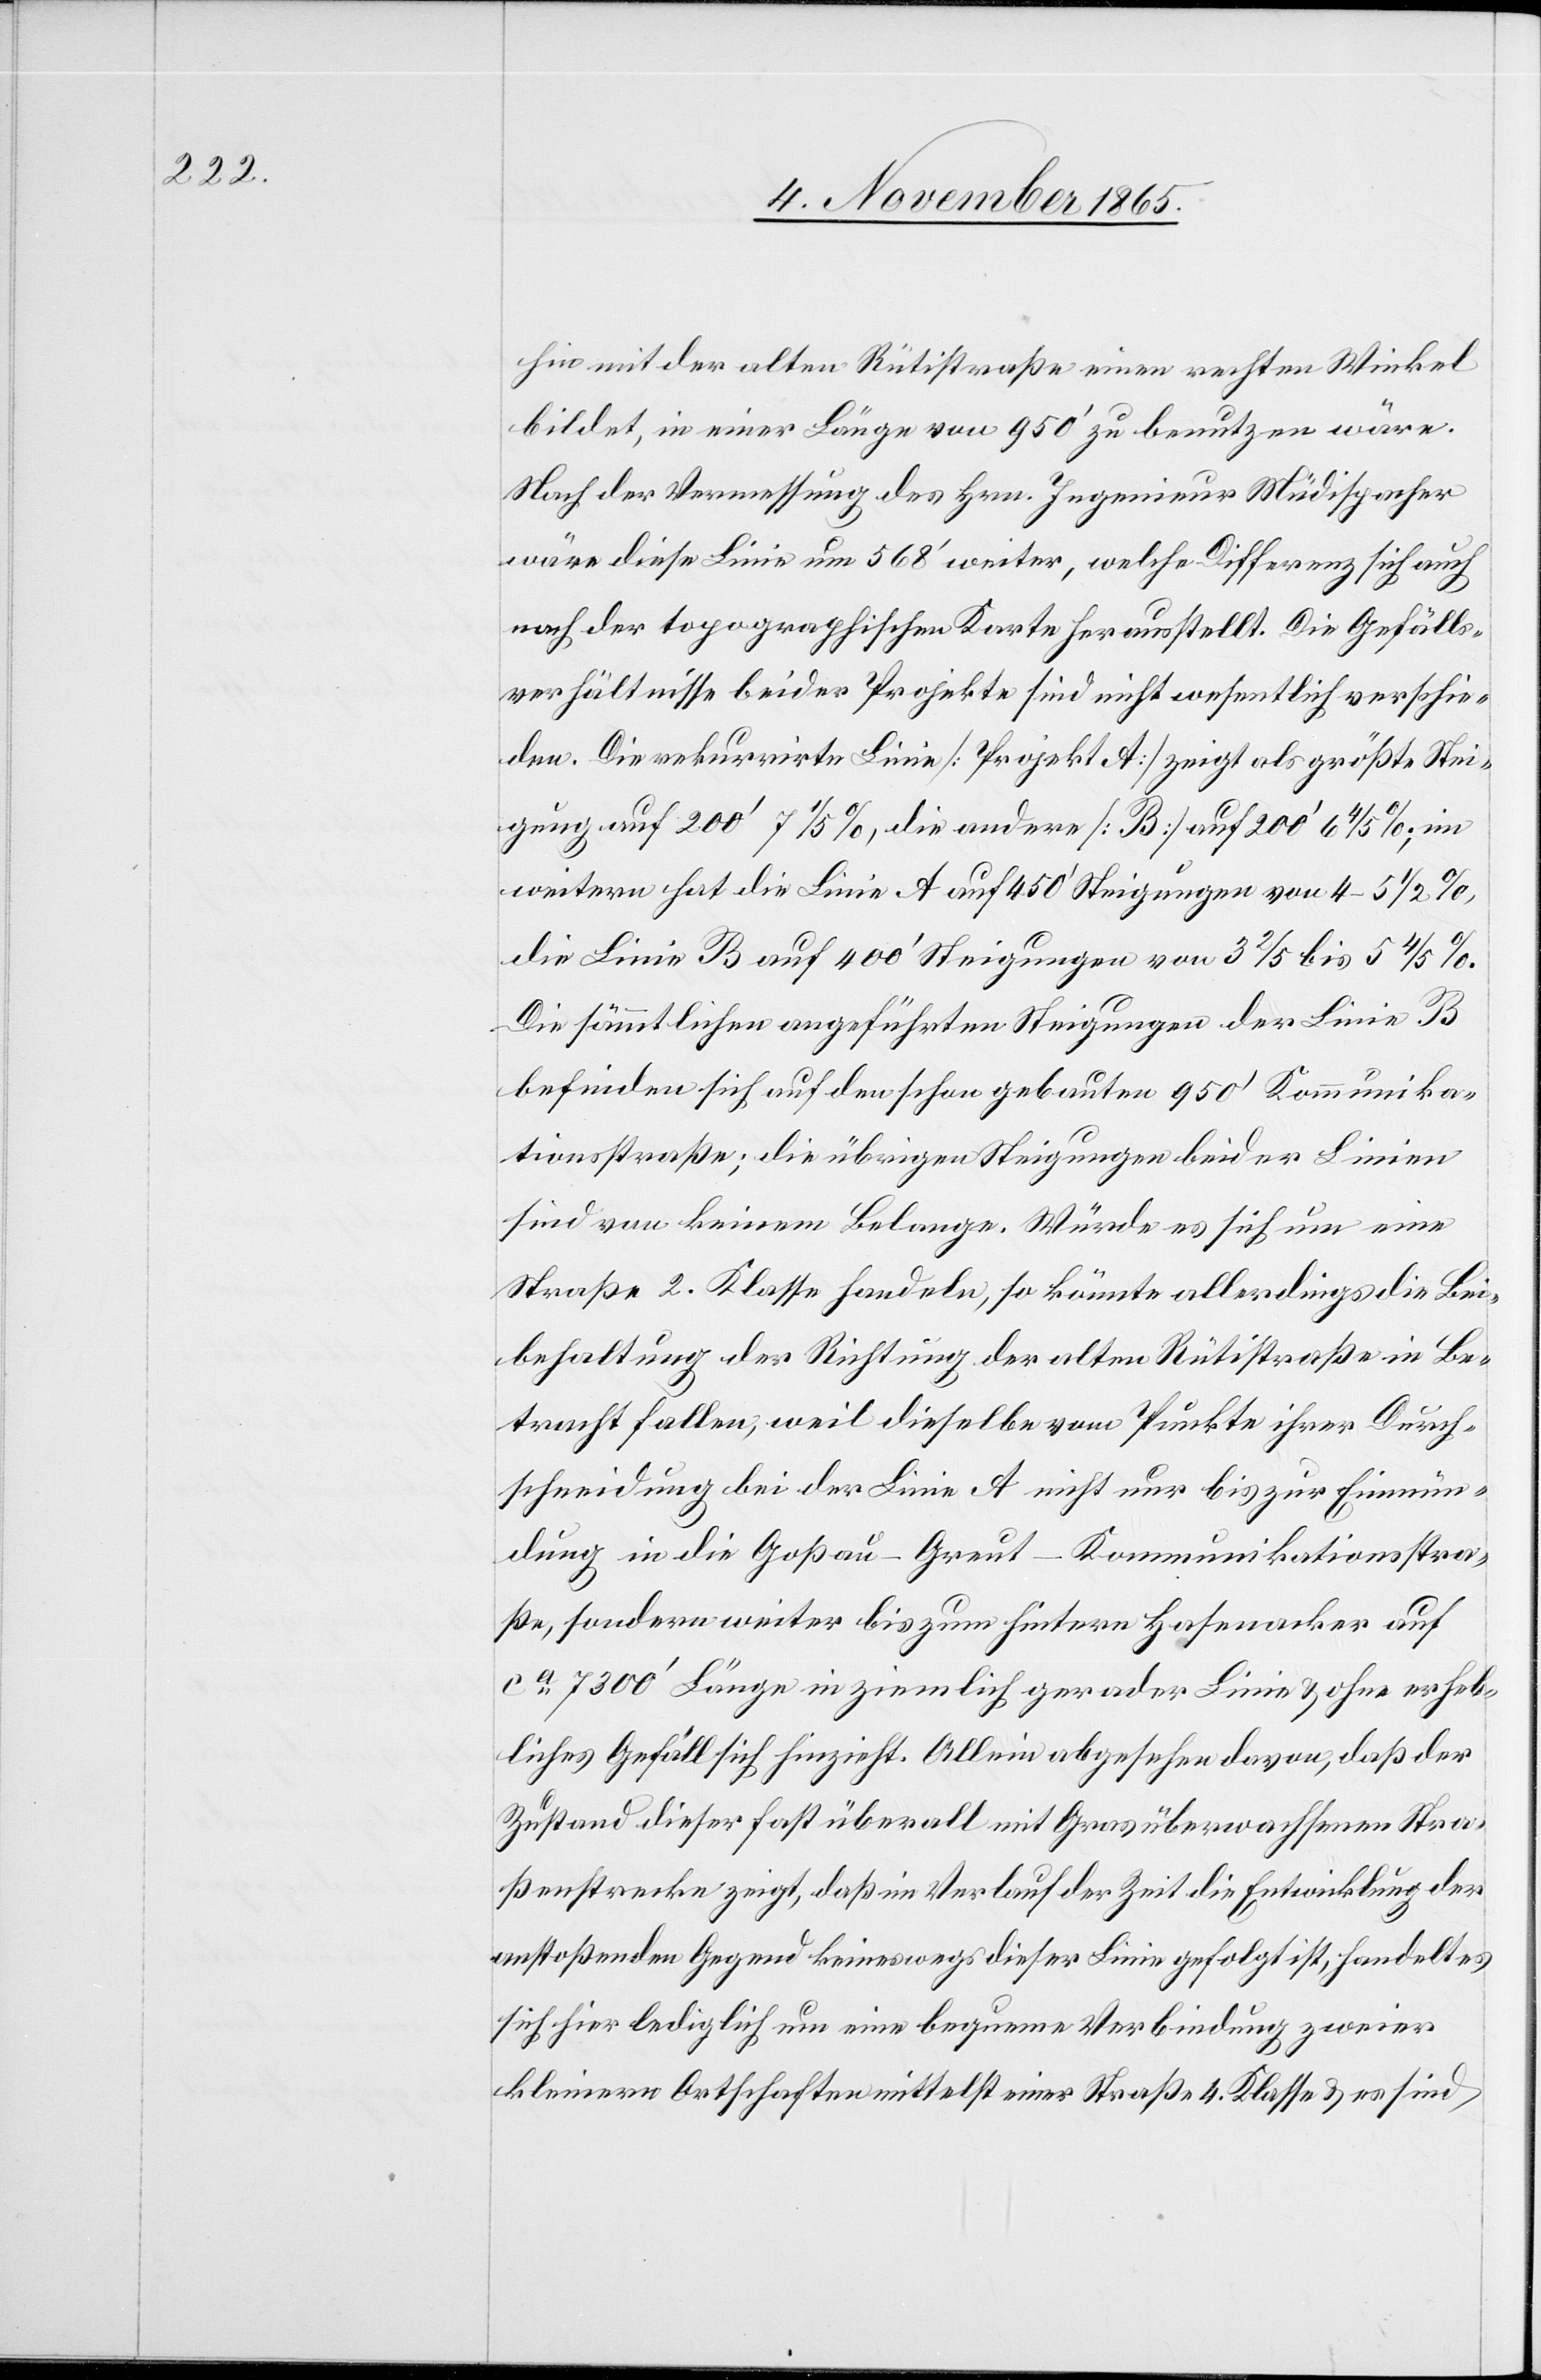
hin mit der alten Rütistraße einen rechten Winkel
bildet, in einer Länge von 950’ zu benutzen wäre.
Nach der Vermessung des Hrn. Ingenieur Müdispacher
wäre diese Linie um 568’ weiter, welche Differenz sich auch
nach der topographischen Karte herausstellt. Die Gefälls¬
verhältnisse beider Projekte sind nicht wesentlich verschie¬
den. Die rekurrirte Linie [Projekt A] zeigt als größte Stei¬
gung auf 200’ 7 1/5%, die andere [B] auf 200’ 64 /5%, im
weitern hat die Linie A auf 450’ Steigungen von 4–5 1/2%,
die Linie B auf 400’ Steigungen von 3 2/5 bis 5 4/5%.
Die sämmtlichen angeführten Steigungen der Linie B
befinden sich auf den schon gebauten 950’ Kommunika¬
tionsstraße; die übrigen Steigungen beider Linien
sind von keinem Belange. Würde es sich um eine
Straße 2. Klasse handeln, so könnte allerdings die Bei¬
behaltung der Richtung der alten Rütistraße in Be¬
tracht fallen, weil dieselbe vom Punkte ihrer Durch¬
schneidung bei der Linie A nicht nur bis zur Einmün¬
dung in die Goßau–Greut-Kommunikationsstra¬
ße, sondern weiter bis zum hintern Hasenacker auf
ca 7300’ Länge in ziemlich gerader Linie & ohne erheb¬
liches Gefäll sich hinzieht. Allein abgesehen davon, daß der
Zustand dieser fast überall mit Gras überwachsenen Stra¬
ßenstrecke zeigt, daß im Verlauf der Zeit die Entwicklung der
anstoßenden Gegend keineswegs dieser Linie gefolgt ist, handelt es
sich hier lediglich um eine bequeme Verbindung zweier
kleinere Ortschaften mittelst einer Straße 4. Klasse & es sind